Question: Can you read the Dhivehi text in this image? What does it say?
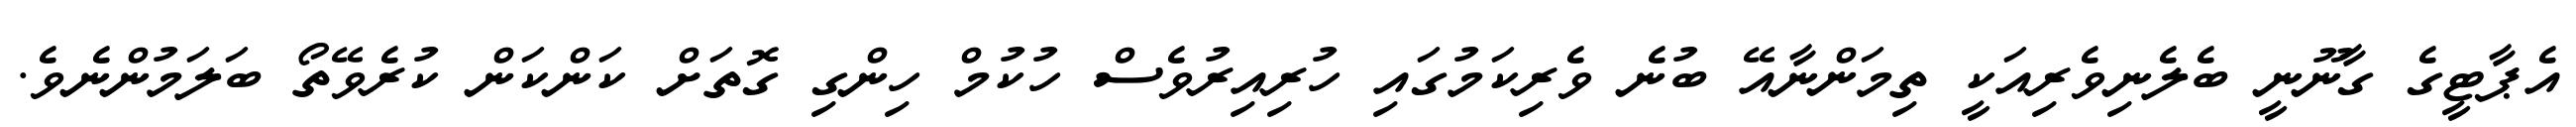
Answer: އެޕާޓީގެ ގާނޫނީ ބެލެނިވެރިއަކީ ތިމަންނާއޭ ބުނެ ވެރިކަމުގައި ހުރިއިރުވެސް ހުކުމް ހިންގި ގޮތަށް ކަންކަން ކުރެވޭތޯ ބަލަމުންނެވެ.